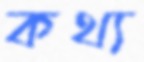
কথ্য